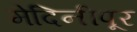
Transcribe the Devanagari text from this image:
मेदिनीपूर